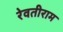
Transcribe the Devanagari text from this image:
रेवतीराम